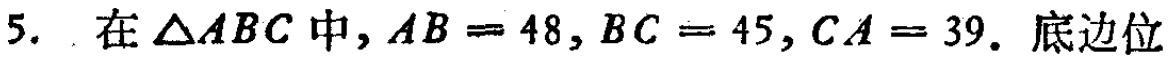
5. 在\(\triangle ABC\)中，\(AB = 48\)，\(BC = 45\)，\(CA = 39\)。底边位